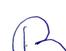
Signature authenticity: forged